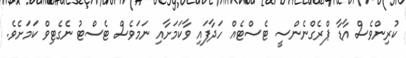
ކުރިންވެސް އާޑާ ޕްރެގްނެންސީ ޓެސްޓެއް ހަދާފައި ވާކަމަށާއި ނަމަވެސް ޓެސްޓު ނެގެޓިވް ކަމަށެވެ.